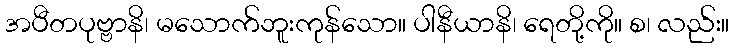
အပီတပုဗ္ဗာနိ၊ မသောက်ဘူးကုန်သော။ ပါနီယာနိ၊ ရေတို့ကို။ စ၊ လည်း။